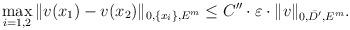
LaTeX: \begin{align*}\max_{i=1,2}\|v(x_1)-v(x_2)\|_{0,\{x_i\},E^m}\le C''\cdot\varepsilon\cdot \|v\|_{0,\bar{D'},E^m}.\end{align*}